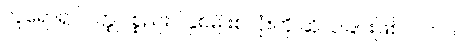
လူရောရုပ်ဝတ္ထုပစ္စည်းပါနှစ်မျိုးစလုံးကို ဆိုလိုခြင်းဖြစ်ပါ တယ်။